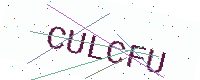
Text: CULCFU